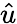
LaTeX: \hat{u}